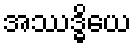
အဿဒ္ဓိယေ